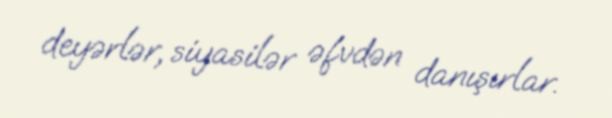
deyərlər, siyasilər əfvdən danışırlar.